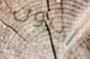
أيرون